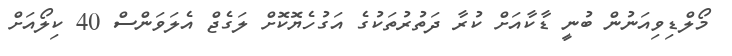
މޯލްޑިވިއަނުން ބުނީ ޑާކާއަށް ކުރާ ދަތުރުތަކުގެ އަގުހެޔޮކޮށް ލަގެޖް އެލަވަންސް 40 ކިލޯއަށް